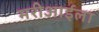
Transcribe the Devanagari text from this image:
मरीआईला